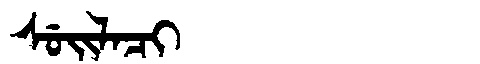
Manchu: ᠰᡠᡳᠯᠠᠴᡳ
Romanization: SUILACI